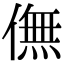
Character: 㒇